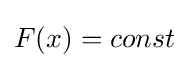
F(x)=const